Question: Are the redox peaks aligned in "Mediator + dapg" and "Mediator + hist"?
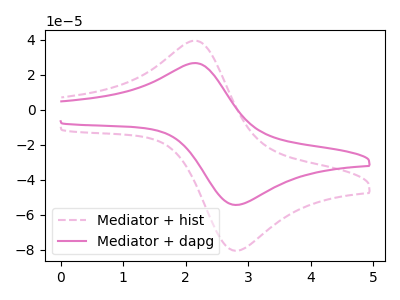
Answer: <think>The pink dashed curve "Mediator + hist" has an anodic peak at (2.15V, 39.35uA) and a cathodic peak at (2.85V, -80.50uA). The pink curve "Mediator + dapg" has an anodic peak at (2.15V, 26.60uA) and a cathodic peak at (2.85V, -54.35uA).</think>
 <answer>Yes, "Mediator + dapg" have a peak in "Mediator + hist" at the same potential.</answer>
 <eval>match</eval>